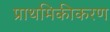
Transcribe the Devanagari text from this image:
प्राथमिकीकरण